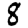
Digit: 8